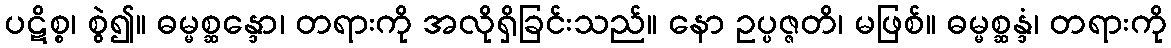
ပဋိစ္စ၊ စွဲ၍။ ဓမ္မစ္ဆန္ဒော၊ တရားကို အလိုရှိခြင်းသည်။ နော ဥပ္ပဇ္ဇတိ၊ မဖြစ်။ ဓမ္မစ္ဆန္ဒံ၊ တရားကို